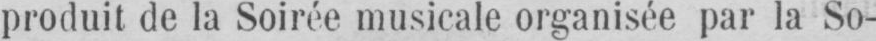
produit de la Soirée musicale organisée par la So-